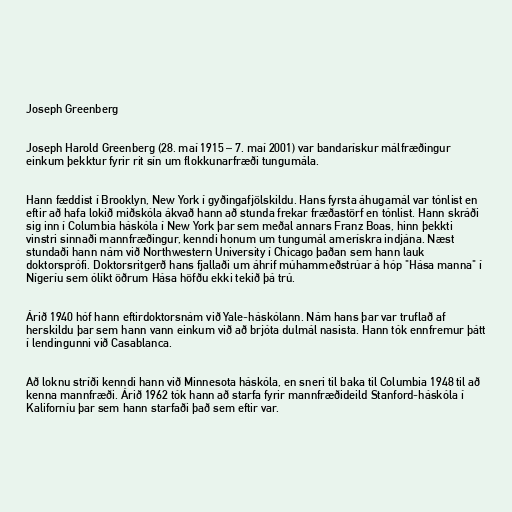
Joseph Greenberg

Joseph Harold Greenberg (28. maí 1915 – 7. maí 2001) var bandarískur málfræðingur
einkum þekktur fyrir rit sín um flokkunarfræði tungumála.

Hann fæddist í Brooklyn, New York í gyðingafjölskildu. Hans fyrsta áhugamál var tónlist en
eftir að hafa lokið miðskóla ákvað hann að stunda frekar fræðastörf en tónlist. Hann skráði
sig inn í Columbia háskóla í New York þar sem meðal annars Franz Boas, hinn þekkti
vinstri sinnaði mannfræðingur, kenndi honum um tungumál amerískra indjána. Næst
stundaði hann nám við Northwestern University í Chicago þaðan sem hann lauk
doktorsprófi. Doktorsritgerð hans fjallaði um áhrif múhammeðstrúar á hóp "Hása manna" í
Nígeríu sem ólíkt öðrum Hása höfðu ekki tekið þá trú.

Árið 1940 hóf hann eftirdoktorsnám við Yale-háskólann. Nám hans þar var truflað af
herskildu þar sem hann vann einkum við að brjóta dulmál nasista. Hann tók ennfremur þátt
í lendingunni við Casablanca.

Að loknu stríði kenndi hann við Minnesota háskóla, en sneri til baka til Columbia 1948 til að
kenna mannfræði. Árið 1962 tók hann að starfa fyrir mannfræðideild Stanford-háskóla í
Kaliforníu þar sem hann starfaði það sem eftir var.